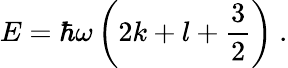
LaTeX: E=\hbar\omega\left(2k+l+{\frac{3}{2}}\right)~.